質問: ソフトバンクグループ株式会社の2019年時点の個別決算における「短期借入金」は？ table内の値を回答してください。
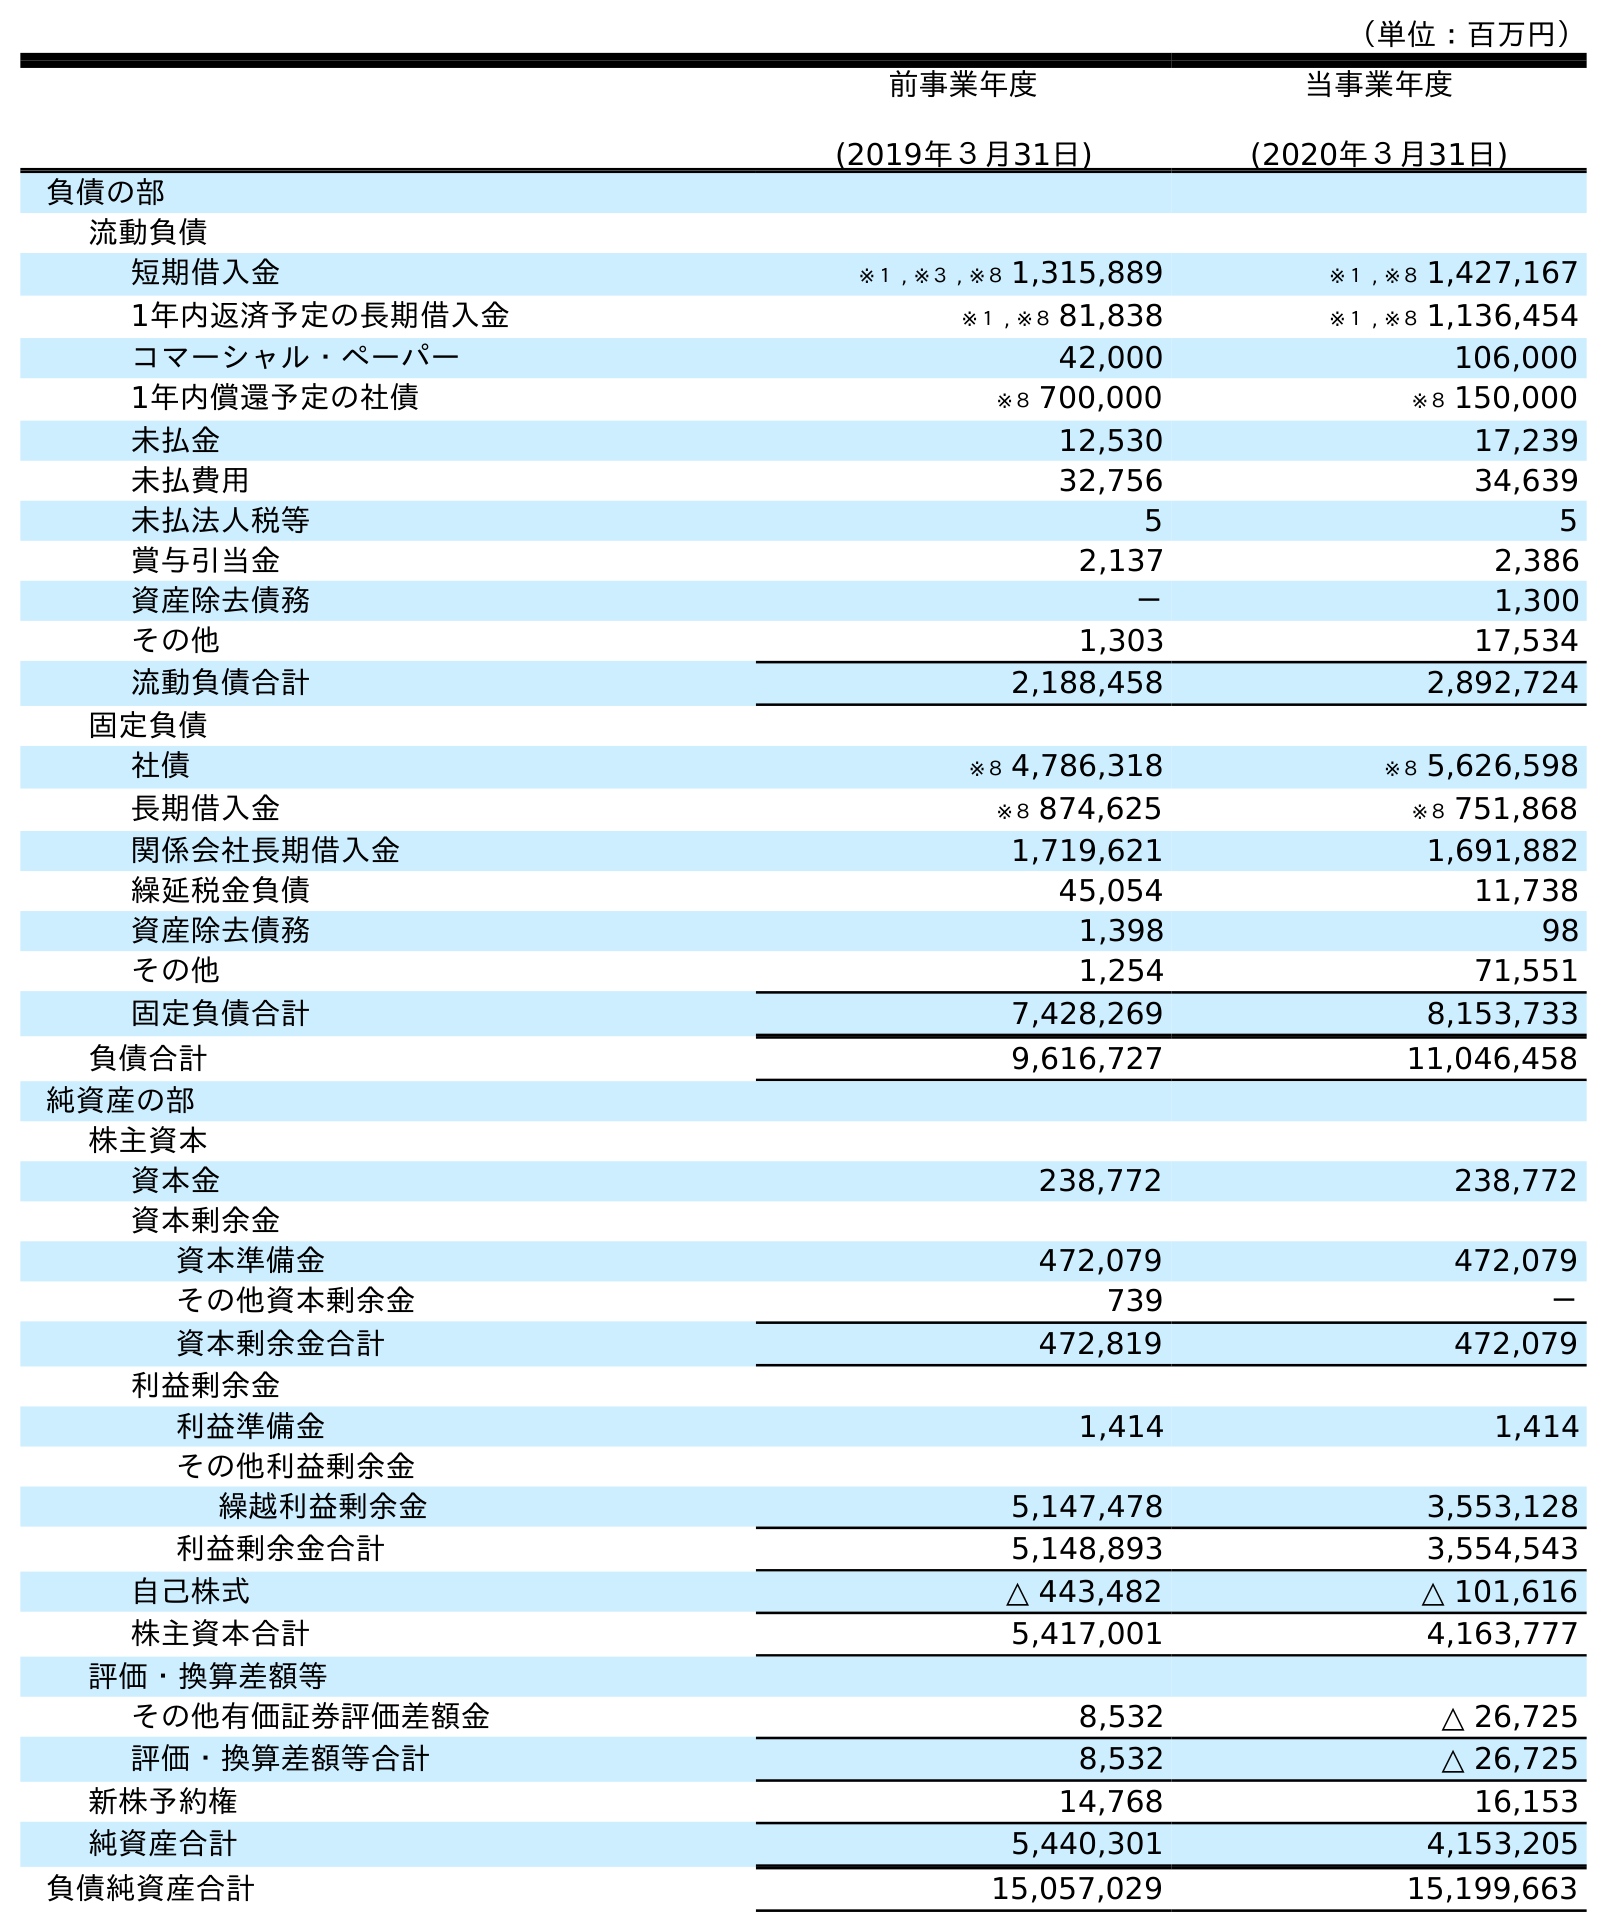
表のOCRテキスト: （単位：百万円） 前事業年度 (2019年３月31日) 当事業年度 (2020年３月31日) 負債の部 流動負債 短期借入金 ※１ , ※３ , ※８ 1,315,889 ※１ , ※８ 1,427,167 1年内返済予定の長期借入金 ※１ , ※８ 81,838 ※１ , ※８ 1,136,454 コマーシャル・ペーパー 42,000 106,000 1年内償還予定の社債 ※８ 700,000 ※８ 150,000 未払金 12,530 17,239 未払費用 32,756 34,639 未払法人税等 5 5 賞与引当金 2,137 2,386 資産除去債務 － 1,300 その他 1,303 17,534 流動負債合計 2,188,458 2,892,724 固定負債 社債 ※８ 4,786,318 ※８ 5,626,598 長期借入金 ※８ 874,625 ※８ 751,868 関係会社長期借入金 1,719,621 1,691,882 繰延税金負債 45,054 11,738 資産除去債務 1,398 98 その他 1,254 71,551 固定負債合計 7,428,269 8,153,733 負債合計 9,616,727 11,046,458 純資産の部 株主資本 資本金 238,772 238,772 資本剰余金 資本準備金 472,079 472,079 その他資本剰余金 739 － 資本剰余金合計 472,819 472,079 利益剰余金 利益準備金 1,414 1,414 その他利益剰余金 繰越利益剰余金 5,147,478 3,553,128 利益剰余金合計 5,148,893 3,554,543 自己株式 △ 443,482 △ 101,616 株主資本合計 5,417,001 4,163,777 評価・換算差額等 その他有価証券評価差額金 8,532 △ 26,725 評価・換算差額等合計 8,532 △ 26,725 新株予約権 14,768 16,153 純資産合計 5,440,301 4,153,205 負債純資産合計 15,057,029 15,199,663
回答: ※１,※３,※８1,315,889